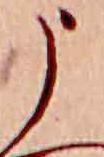
う